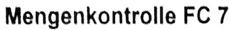
Text: Mengenkontrolle FC 7